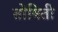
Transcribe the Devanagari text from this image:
तोषिती